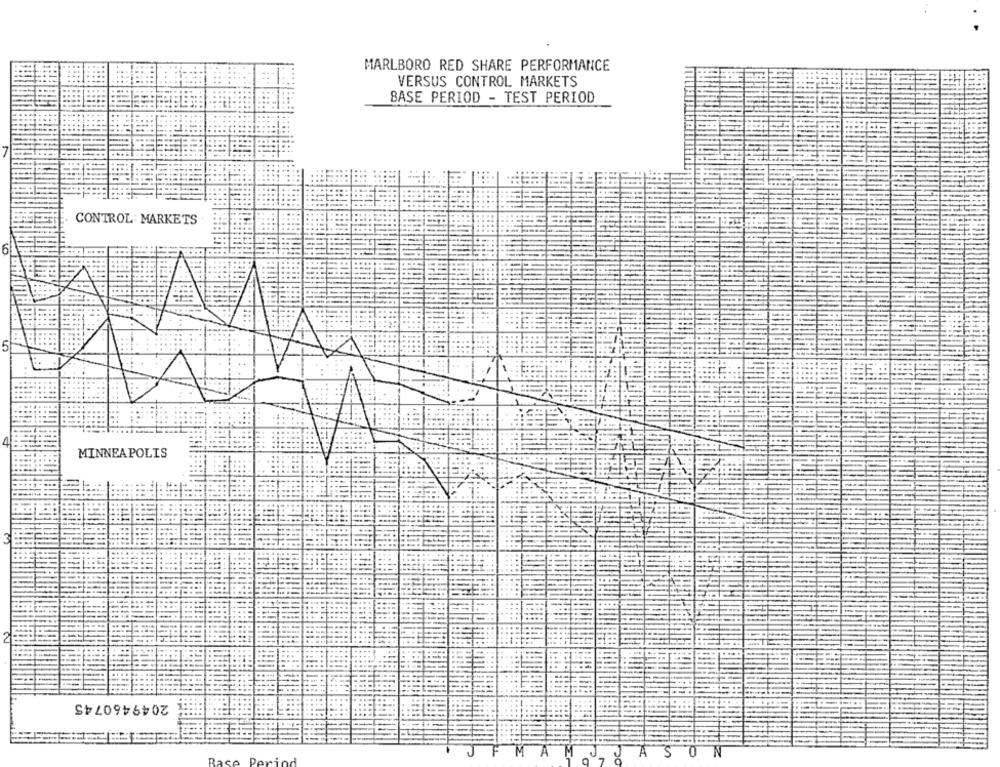
MARLBORO RED SHARE PERFORMANCE
VERSUS CONTROL MARKETS
BASE PERIOD - TEST PERIOD
CONTROL: MARKETS
6
MINNEAPOLIS
# 2049460745
A
S
N
7
J